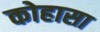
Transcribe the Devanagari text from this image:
कोहासा